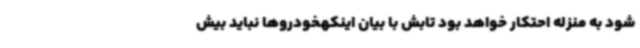
شود به منزله احتکار خواهد بود تابش با بیان اینکهخودروها نباید بیش